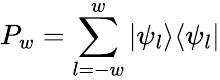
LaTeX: P_{w}=\sum_{l=-w}^{w}|\psi_{l}\rangle\langle\psi_{l}|